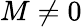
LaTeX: M\ne 0